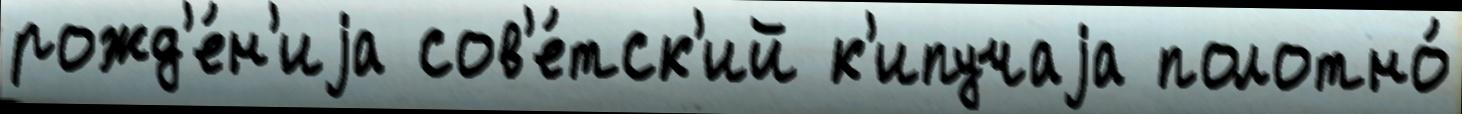
рожд'е́н'иjа сов'е́тск'ий к'ипучаjа полотно́